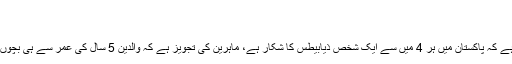
ماہرین نے بتا دیا
(فوٹو : اسٹاک امیج)
ویب ڈیسک: (لاہور) خطرناک انکشاف سامنے آیا ہے کہ پاکستان میں ہر 4 میں سے ایک شخص ذیابیطس کا شکار ہے، ماہرین کی تجویز ہے کہ والدین 5 سال کی عمر سے ہی بچوں کو فاسٹ فوڈ اور سوڈا مشروبات سے دور رکھیں۔